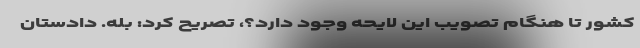
کشور تا هنگام تصویب این لایحه وجود دارد؟، تصریح کرد: بله. دادستان